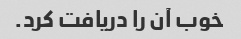
خوب آن را دریافت کرد.